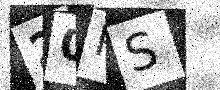
Text: 20RS